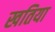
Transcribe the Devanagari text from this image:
खतिया